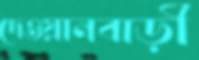
দেওয়ানবাড়ী